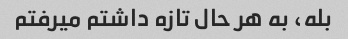
بله، به هر حال تازه داشتم میرفتم